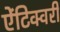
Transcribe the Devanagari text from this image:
ऐंटिक्वरी